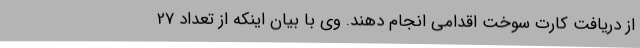
از دریافت کارت سوخت اقدامی انجام دهند. وی با بیان اینکه از تعداد 27